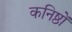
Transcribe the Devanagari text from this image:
कनिष्ठों